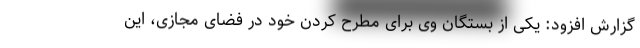
گزارش افزود: یکی از بستگان وی برای مطرح کردن خود در فضای مجازی، این